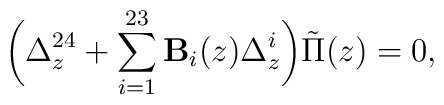
\biggl(\Delta_z^{24}+\sum_{i=1}^{23}{\bf B}_i(z)\Delta_z^i\biggr)\tilde{\Pi}(z)=0,